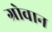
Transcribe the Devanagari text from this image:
ग्रोवान